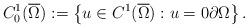
LaTeX: \begin{align*}C_{0}^{1}(\overline{\Omega}):=\left\{ u\in C^{1} (\overline{\Omega}):u=0\partial\Omega\right\} .\end{align*}